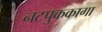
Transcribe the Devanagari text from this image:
नटपुककागा